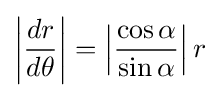
\left|{\frac {dr}{d\theta }}\right|=\left|{\frac {\cos \alpha }{\sin \alpha }}\right|r